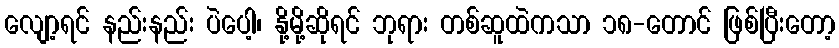
လျော့ရင် နည်းနည်း ပဲပေါ့၊ နို့မို့ဆိုရင် ဘုရား တစ်ဆူထဲကသာ ၁၈-တောင် ဖြစ်ပြီးတော့